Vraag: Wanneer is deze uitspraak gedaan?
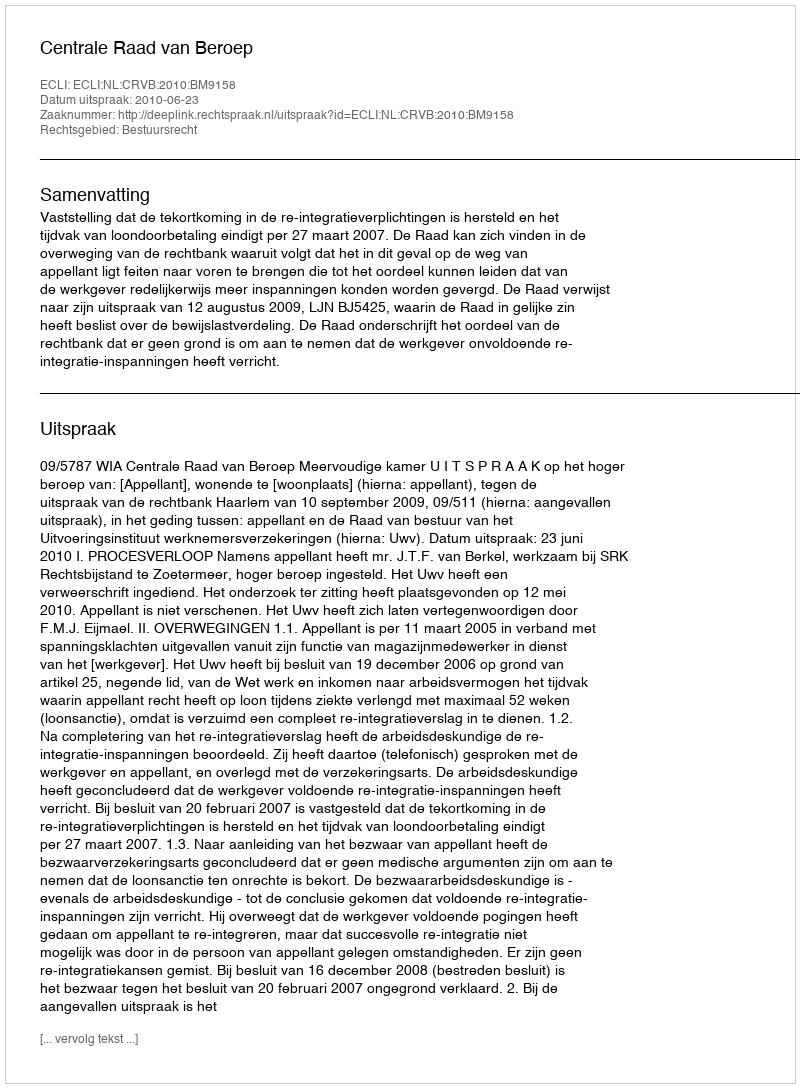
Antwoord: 2010-06-23